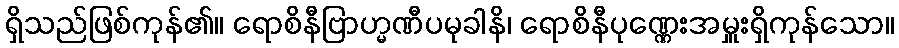
ရှိသည်ဖြစ်ကုန်၏။ ရောစိနီဗြာဟ္မဏီပမုခါနိ၊ ရောစိနီပုဏ္ဏေးအမှူးရှိကုန်သော။